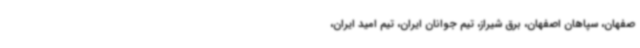
صفهان، سپاهان اصفهان، برق شیراز، تیم جوانان ایران، تیم امید ایران،